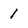
Character: 1